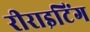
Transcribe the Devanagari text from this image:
रीराइटिंग